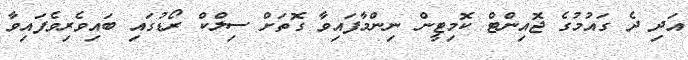
އަދި ދެ ގައުމުގެ ޖޮއިންޓް ކޮމިޓީން ނިންމާފައިވާ ގޮތަށް ސިލްކް ރޯޑުގައި ބައިވެރިވެފައިވާ